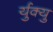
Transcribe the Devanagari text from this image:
र्युक्यु